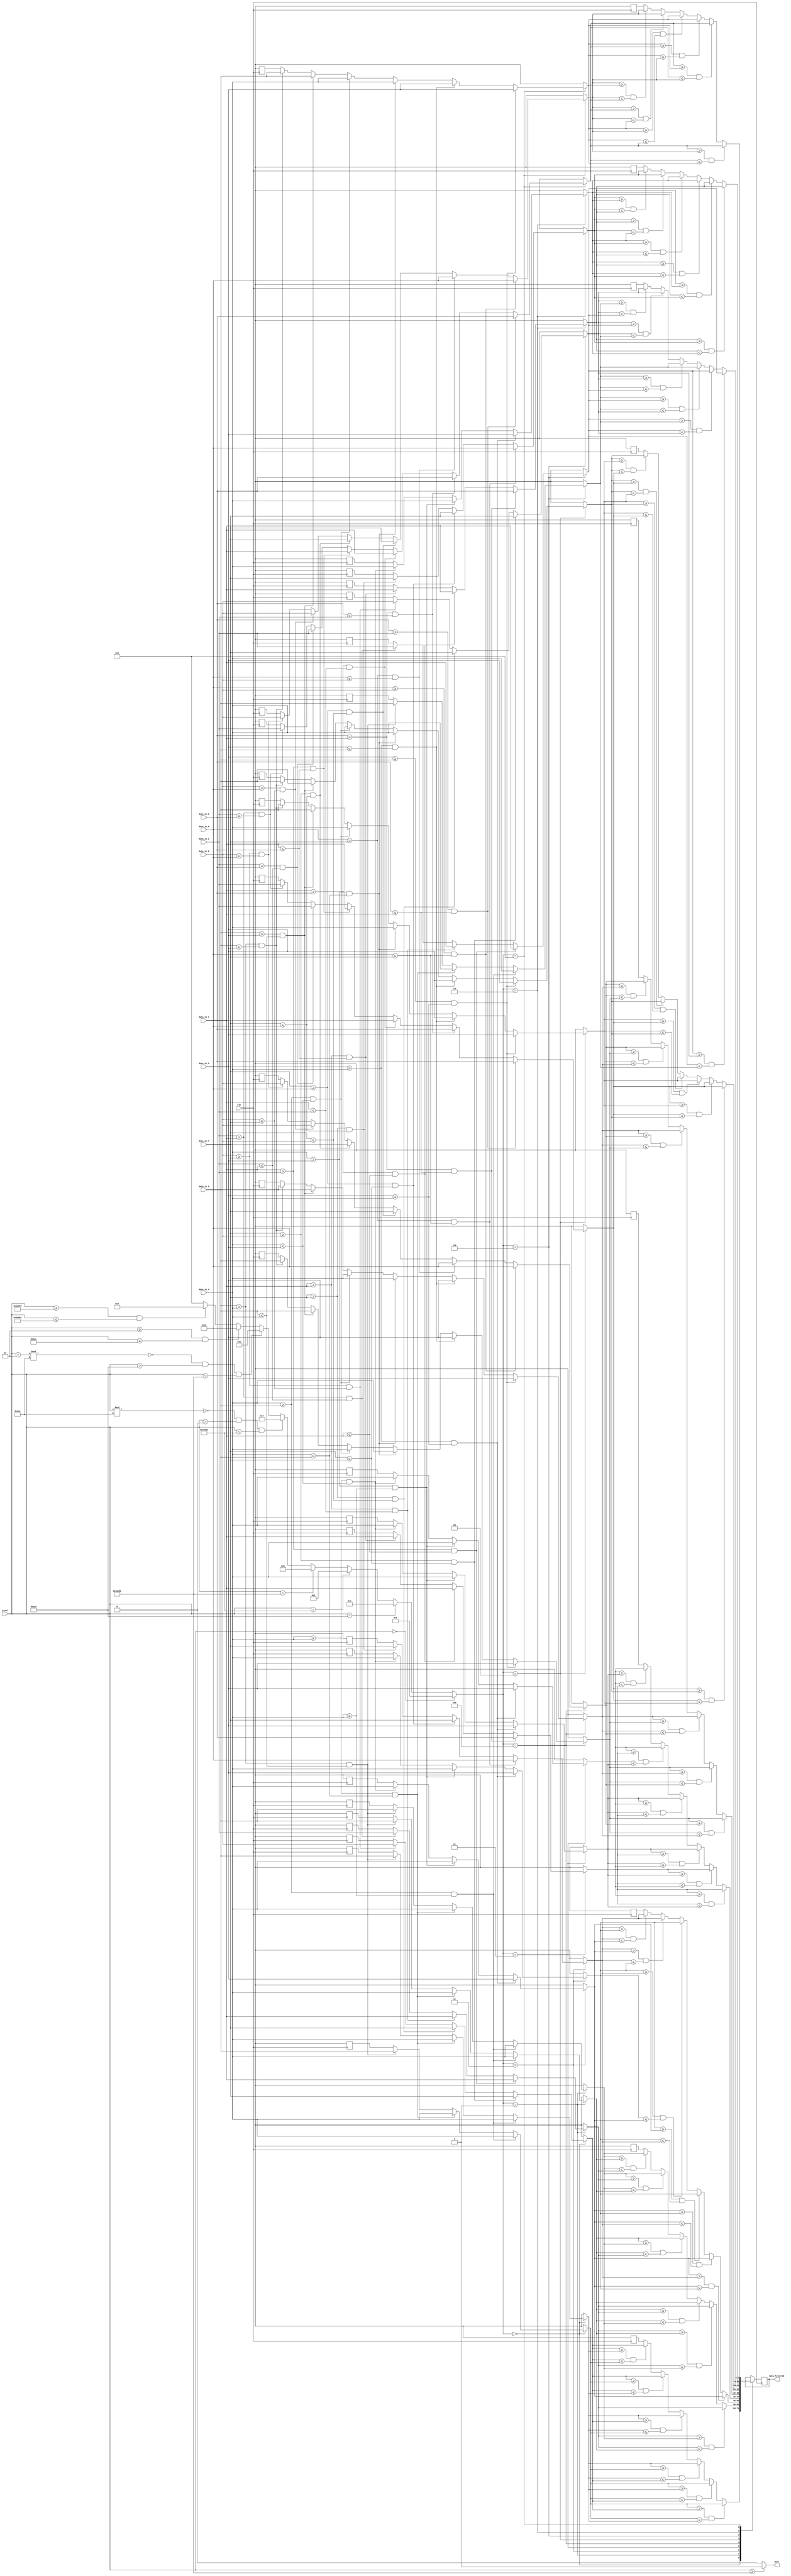
module MedianFilter#
  (parameter row = 430, col = 554)
  (input            clk,
  input signed[31:0]pixel,
  input       [7:0] data_in_0, data_in_1, data_in_2,
  input       [7:0] data_in_3, data_in_4, data_in_5,
  input       [7:0] data_in_6, data_in_7, data_in_8,
  output            done,
  output reg  [7:0]data_filtered);
  
  parameter angle0=0, angle1=1, angle2=2, angle3=3, 
            top_edge=4, bot_edge=5, left_edge=6, right_edge=7, 
            full_area=8;
            
  reg         [3:0]area;
  
  function [7:0] filter_3;
    input  [7:0]e_0;
    input  [7:0]e_1;
    input  [7:0]e_2;
    begin
      if(e_0 >= e_2 && e_0 <= e_1)
		    filter_3 = e_0;
		  else if(e_0 >= e_1 && e_0 <= e_2)
		    filter_3 = e_0;
	    else if(e_1 >= e_0 && e_1 <= e_2)
		    filter_3 = e_1;
	    else if(e_1 >= e_2 && e_1 <= e_0)
		    filter_3 = e_1;
	    else if(e_2 >= e_0 && e_2 <= e_1)
		    filter_3 = e_2;
	    else if(e_2 >= e_1 && e_2 <= e_0)
		    filter_3 = e_2;
    end
  endfunction
    
  function  [7:0] filter_9;
    input	  [7:0] e0_0;
    input	  [7:0] e0_1;
    input	  [7:0] e0_2;
    input	  [7:0] e1_0;
    input	  [7:0] e1_1;
    input	  [7:0] e1_2;
    input	  [7:0] e2_0;
    input	  [7:0] e2_1;
    input	  [7:0] e2_2;
    
    reg   	 [7:0] median_1;
    reg     [7:0] median_2;
    reg     [7:0] median_3;
    begin
      median_1 = filter_3(e0_0, e0_1, e0_2);
      median_2 = filter_3(e1_0, e1_1, e1_2);
      median_3 = filter_3(e2_0, e2_1, e2_2);
      filter_9 = filter_3(median_1, median_2, median_3);
    end
  endfunction 
  
  always@(posedge clk)
  begin
    if( pixel==0 ) 
      begin
        area = angle0;
      end
    else begin
      if( pixel==(row-1) )
        begin
          area = angle1;
        end
      else begin
        if( pixel==(row*(col-1)) )
          begin
            area = angle2;
          end
        else begin
          if( pixel==(row*col-1) )
            begin
              area = angle3;
            end
          else begin
            if( (pixel%row)==0 && pixel>0 && pixel<(row*(col-1)) )
              begin
                area = top_edge;
              end
            else begin
              if( ((pixel+1)%row)==0 && pixel>(row-1) && pixel<(row*col-1) )
                begin
                  area = bot_edge;
                end
              else begin
                if( pixel>=1 && pixel<=(row-2) )
                  begin
                   	area = left_edge;
                 	end
                else begin
                  if( pixel>=(row*(col-1)+1) && pixel<=(row*col-2) )
                    begin
                      area = right_edge;
                    end
                  else begin
                      area = full_area;
                    end
                end
              end
            end
          end
        end
      end
    end

    case (area)
      angle0:
      begin
        data_filtered = filter_9(data_in_4, data_in_4, data_in_5,
                                 data_in_4, data_in_4, data_in_5,
                                 data_in_7, data_in_7, data_in_8);
      end
        
      angle1:
      begin
        data_filtered = filter_9(data_in_1, data_in_1, data_in_2,
                                 data_in_4, data_in_4, data_in_5,
                                 data_in_4, data_in_4, data_in_5);
      end
        
      angle2:
      begin
        data_filtered = filter_9(data_in_3, data_in_4, data_in_4,
                                 data_in_3, data_in_4, data_in_4,
                                 data_in_6, data_in_7, data_in_7);
      end
        
      angle3:
      begin
        data_filtered = filter_9(data_in_0, data_in_1, data_in_1,
                                 data_in_3, data_in_4, data_in_4,
                                 data_in_3, data_in_4, data_in_4);
      end
      
      top_edge:
      begin
        data_filtered = filter_9(data_in_3, data_in_4, data_in_5,
                                 data_in_3, data_in_4, data_in_5,
                                 data_in_6, data_in_7, data_in_8);
      end
        
      bot_edge:
      begin
        data_filtered = filter_9(data_in_0, data_in_1, data_in_2,
                                 data_in_3, data_in_4, data_in_5,
                                 data_in_3, data_in_4, data_in_5);
      end
        
      left_edge:
      begin
        data_filtered = filter_9(data_in_1, data_in_1, data_in_2,
                                 data_in_4, data_in_4, data_in_5,
                                 data_in_7, data_in_7, data_in_8);
      end
        
      right_edge:
      begin
        data_filtered = filter_9(data_in_0, data_in_1, data_in_1,
                                 data_in_3, data_in_4, data_in_4,
                                 data_in_6, data_in_7, data_in_7);
      end
      
      full_area:
      begin
        data_filtered = filter_9(data_in_0, data_in_1, data_in_2,
                                 data_in_3, data_in_4, data_in_5,
                                 data_in_6, data_in_7, data_in_8);
      end
    endcase 
  end
  
    assign done = (pixel>=row*col-1) ? 1 : 0;           
endmodule